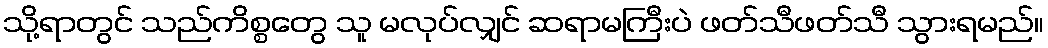
သို့ရာတွင် သည်ကိစ္စတွေ သူ မလုပ်လျှင် ဆရာမကြီးပဲ ဖတ်သီဖတ်သီ သွားရမည်။